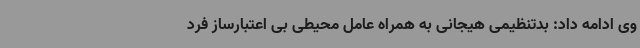
وی ادامه داد: بدتنظیمی هیجانی به همراه عامل محیطی بی اعتبارساز فرد